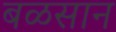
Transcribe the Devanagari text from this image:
बळसान